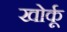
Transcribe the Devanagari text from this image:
खोर्कू